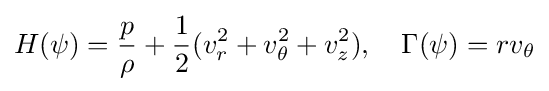
H(\psi )={\frac {p}{\rho }}+{\frac {1}{2}}(v_{r}^{2}+v_{\theta }^{2}+v_{z}^{2}),\quad \Gamma (\psi )=rv_{\theta }